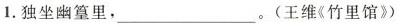
1.独坐幽篁里，___。(王维《竹里馆》